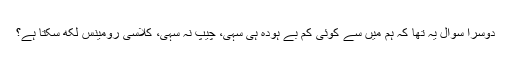
دوسرا سوال یہ تھا کہ ہم میں سے کوئی کم بے ہودہ ہی سہی، چیپ نہ سہی، کلاسی رومینس لکھ سکتا ہے؟